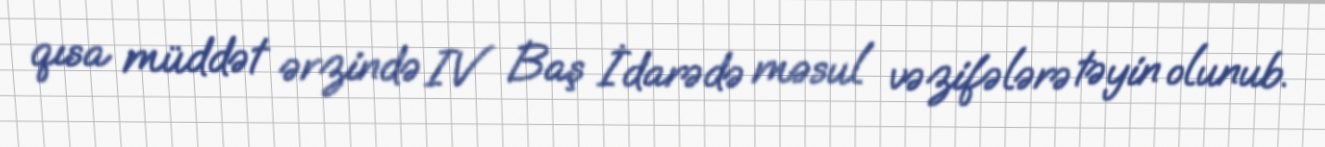
qısa müddət ərzində IV Baş İdarədə məsul vəzifələrə təyin olunub.